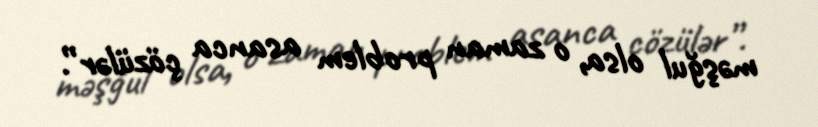
məşğul olsa, o zaman problem asanca çözülər”.